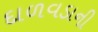
દાળવડાની